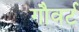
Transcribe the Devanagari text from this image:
गौवर्ट